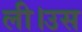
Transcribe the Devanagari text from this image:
ली।उस